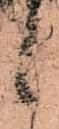
候